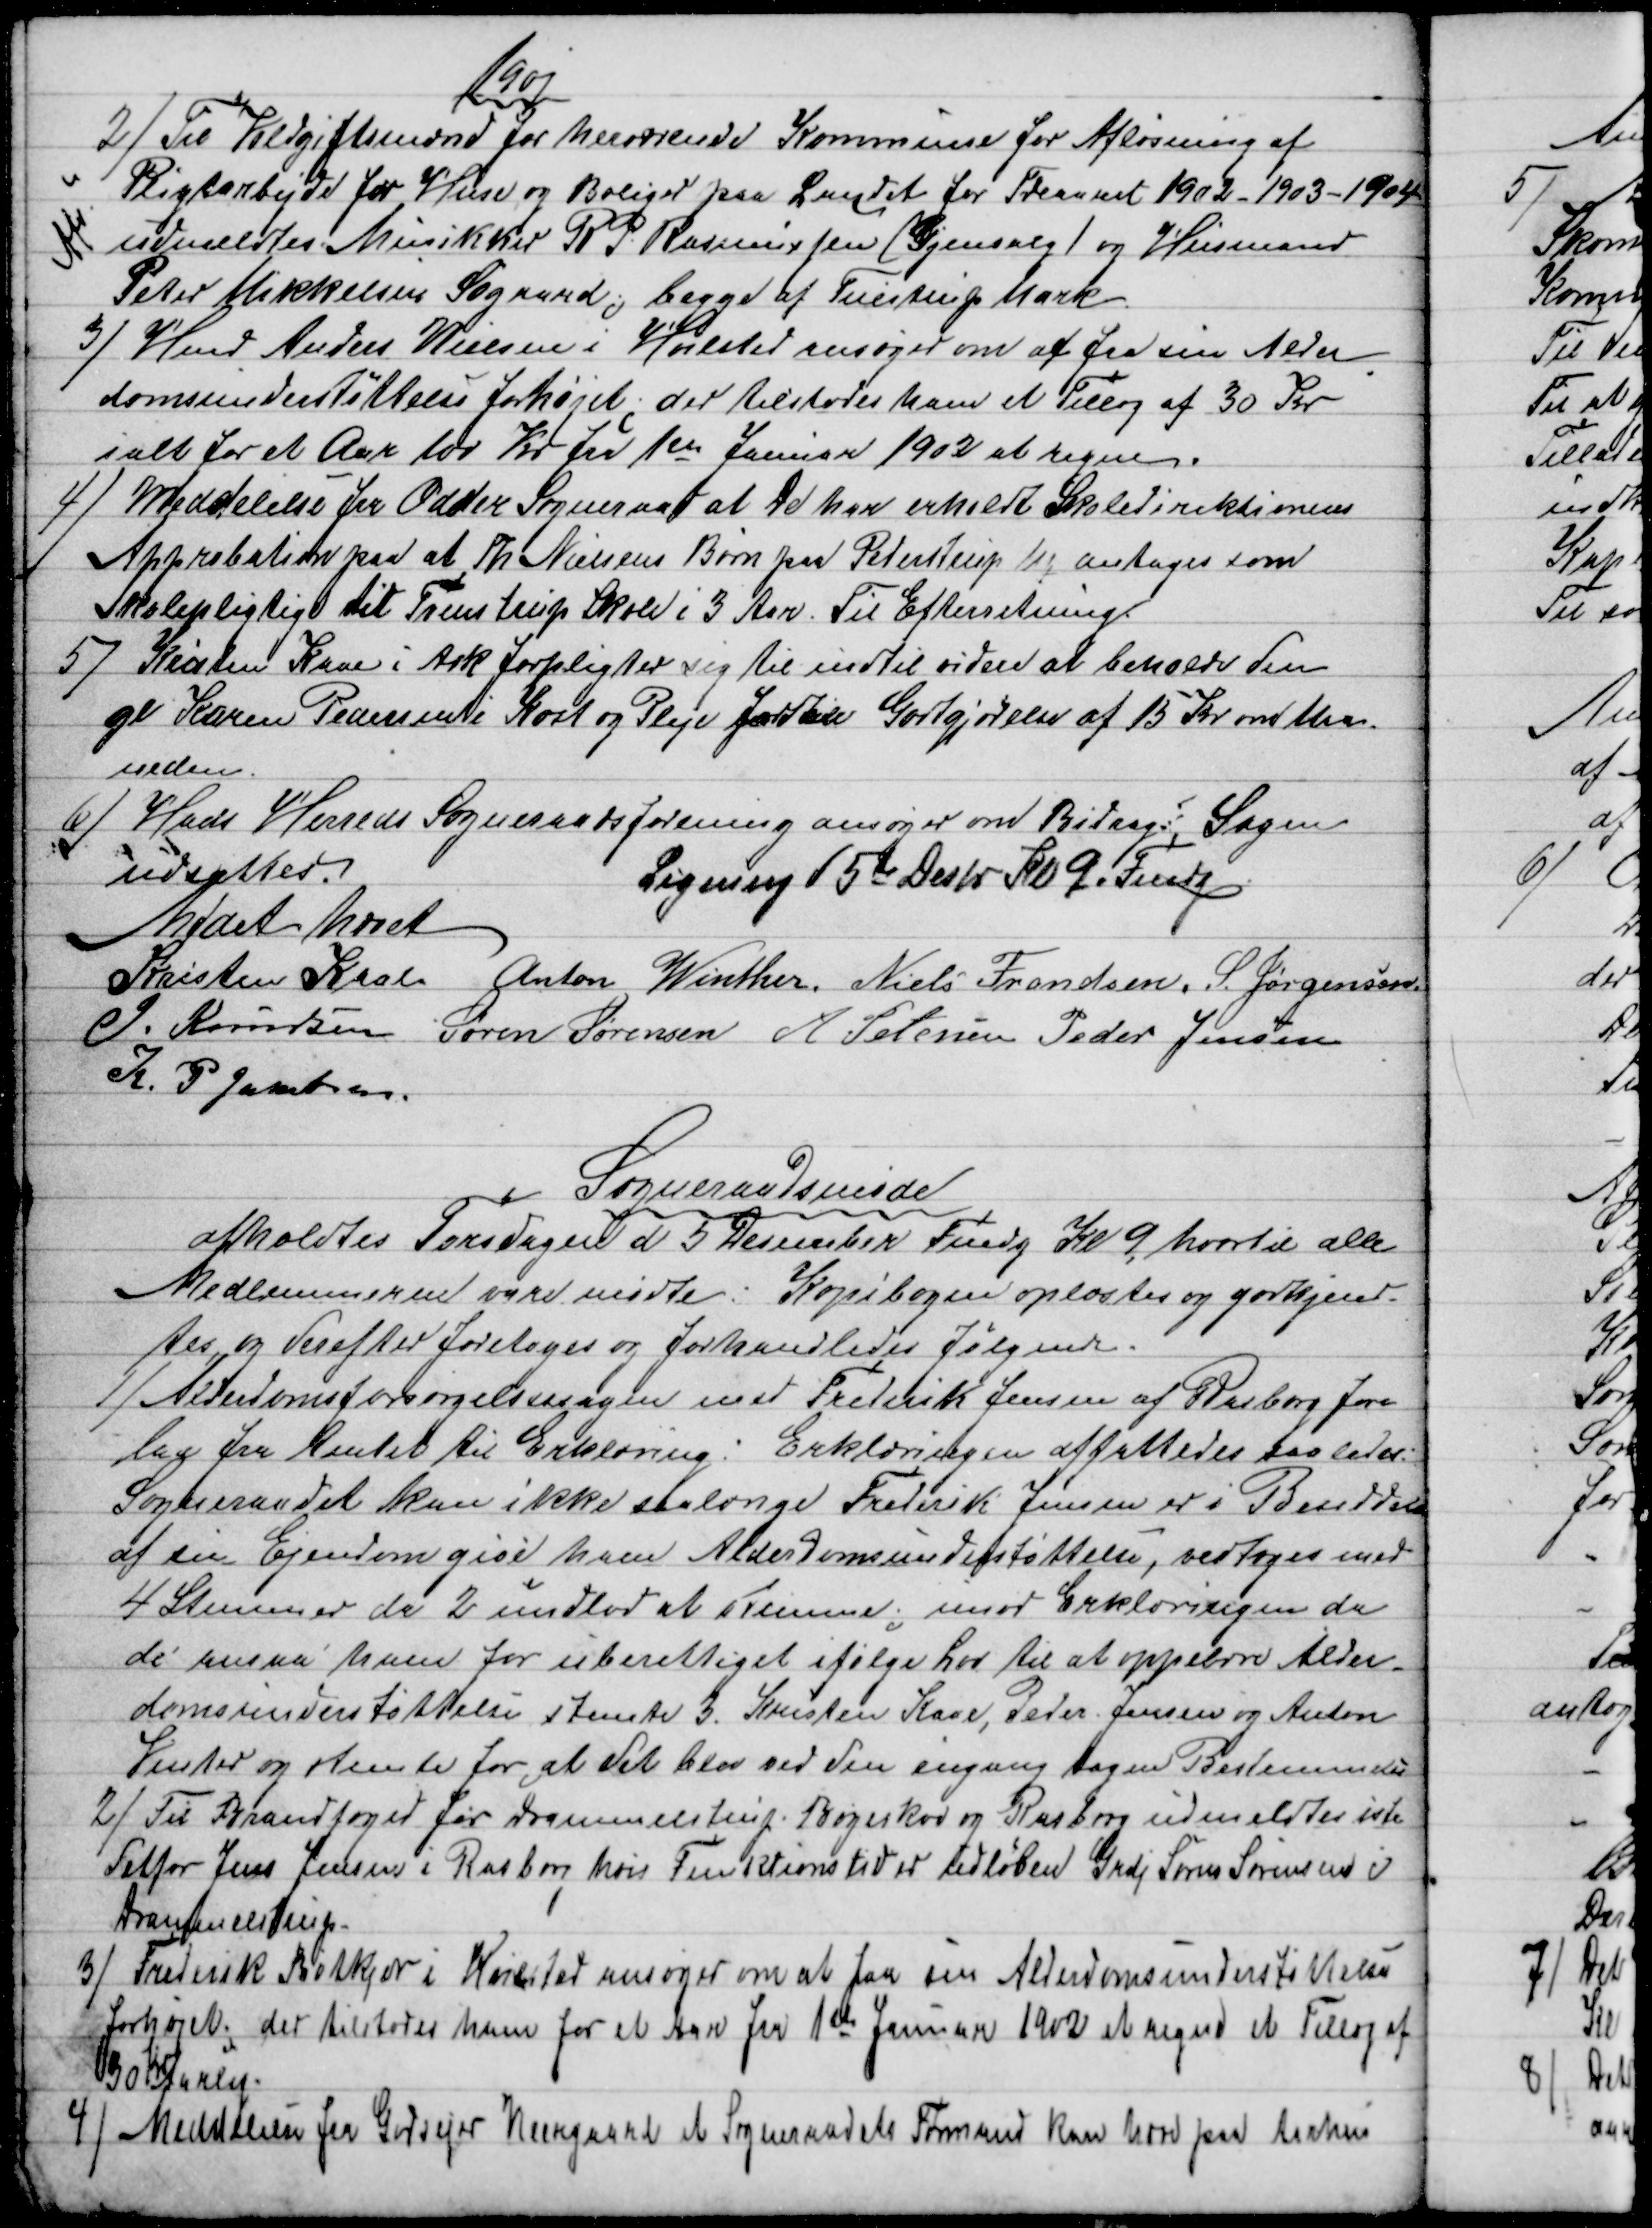
Transskription:
1901
2) 
Til Voldgiftsmænd for herværende Kommune for Afløsning af
Pligtarbejde for Huse og Boliger paa Landet for Treaaret 1902 - 1903 - 1904
udmeldtes Musikker R P. Rasmussen (Gjenvalg) og Husmand
Peter Mikkelsen Søgaard, begge af Tulstrup Mark
Afs.
3) 
Hmd Anders Nielsen i Hvilsted ansøger om at faa sin Alder
=
domsunderstøttelse forhøjet, der tilstodes ham et Tillæg af 30 Kr
i alt for et Aar 100 Kr fra 1ste Januar 1902 at regne.
4)
Meddelelse fra Odder Sogneraad at de har erholdt Skoledirektionens
Approbation paa at Th. Nielsens Børn paa Pederstrup Mq antages som
Skolepligtig til Tvenstrup Skole i 3 Aar. Til Efterretning
5) 
Kristen Kaae i Ask forpligter sig til indtil videre at beholde den
gl Karen Pedersen i Kost og Pleje for en Godtgjørelse af 15 Kr om Maa-
neden.
6) 
Hads Herreds Sogneraadsforening ansøger om Bidrag: Sagen
udsattes.
Ligning d 5te Desbr Kl 9. Fmdg
Mødet hævet
Kristen Kaae 
Anton Winther. Niels Frandsen. S. Jørgensen
J. Knudsen Søren Sørensen A Petersen Peder Jensen
K. P. Jacobsen.
Sogneraadsmøde
afholdtes Torsdagen d 5 Desember Fmdg Kl 9, hvortil alle
Medlemmerne vare mødte. Kopibogen oplæstes og godkjend-
tes og derefter foretoges og forhandledes Følgende.
1)
Alderdomsforsørgelsessagen med Frederik Jensen af Rasborg fore
laa fra Amtet til Erklæring: Erklæringen affattedes saaledes:
Sogneraadet kan ikke saalænge Frederik Jensen er i Besiddelse
af sin Ejendom give ham Alderdomsunderstøttelse, vedtoges med
4 Stemmer da 2 undlod at stemme; imod Erklæringen da
de ansaa ham for uberettiget ifølge Lov til at oppebære Alder-
domsunderstøttelse stemte 3. Kristen Kaae, Peder Jensen og Anton
Vinter og stemte for, at det blev ved den engang tagne Bestemmelse
2) 
Til Brandfoged for Drammelstrup Bøgeskov og Rasborg udmeldtes iste
detfor Jens Jensen i Rasborg hvis Funktionstid er udløben Grdj Søren Sørensen i
Drammelstrup.
3) 
Frederik Bøtkjær i Hvilsted ansøger om at faa sin Alderdomsunderstøttelse
forhøjet; der tilstodes ham for et Aar fra 1ste Januar 1902 et regne et Tillæg af
30 Kr aarlig.
4) 
Meddelelse fra Godsejer Neergaard et Sogneraadets Formand kan hæve paa Aarhus